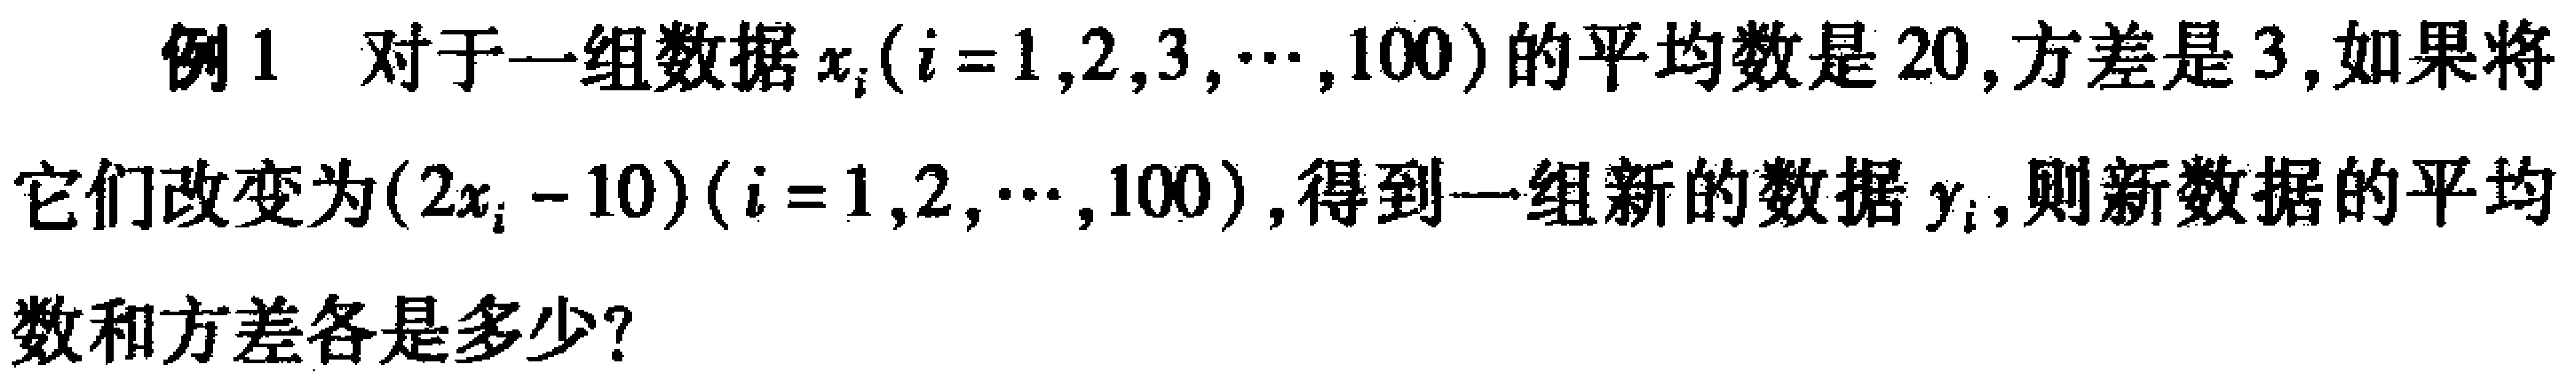
例1 对于一组数据\(x_{i}(i = 1,2,3,\cdots,100)\)的平均数是\(20\)，方差是\(3\)，如果将它们改变为\((2x_{i}-10)(i = 1,2,\cdots,100)\)，得到一组新的数据\(y_{i}\)，则新数据的平均数和方差各是多少？